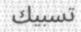
تسبيك